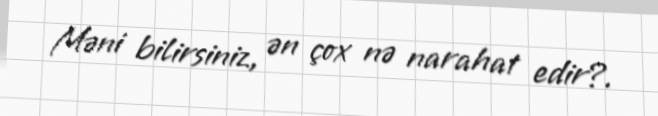
Məni bilirsiniz, ən çox nə narahat edir?.